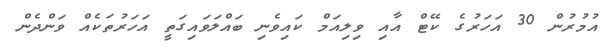
އުމުރުން 30 އަހަރުގެ ކޭޓް އާއި ވިލިއަމް ކައިވެނި ބައްލަވައިގަތީ އަހަރުތަކެއް ވަންދެން